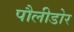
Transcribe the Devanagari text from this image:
पौलीडोर